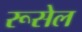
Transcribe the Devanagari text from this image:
रूसेल